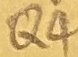
Text: Q4